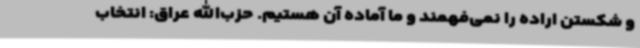
و شکستن اراده را نمی‌فهمند و ما آماده آن هستیم. حزب‌الله عراق: انتخاب